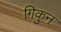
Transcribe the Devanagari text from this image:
गिकुन